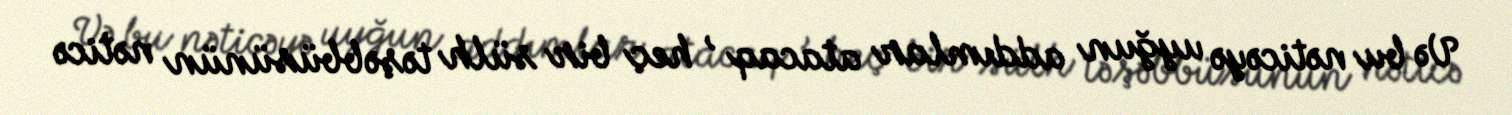
Və bu nəticəyə uyğun addımlar atacaq , heç bir sülh təşəbbüsünün nəticə